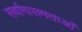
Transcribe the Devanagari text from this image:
सर्वागासमताओं